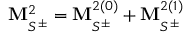
{ \bf M } _ { S ^ { \pm } } ^ { 2 } = { \bf M } _ { S ^ { \pm } } ^ { 2 ( 0 ) } + { \bf M } _ { S ^ { \pm } } ^ { 2 ( 1 ) }